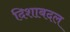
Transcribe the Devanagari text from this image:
दिशाबदल